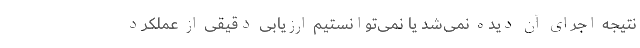
نتیجه اجرای آن دیده نمی‌شد یا نمی‌توانستیم ارزیابی دقیقی از عملکرد